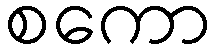
စကော